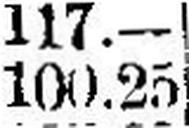
100.25